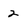
Character: 2